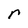
Character: r